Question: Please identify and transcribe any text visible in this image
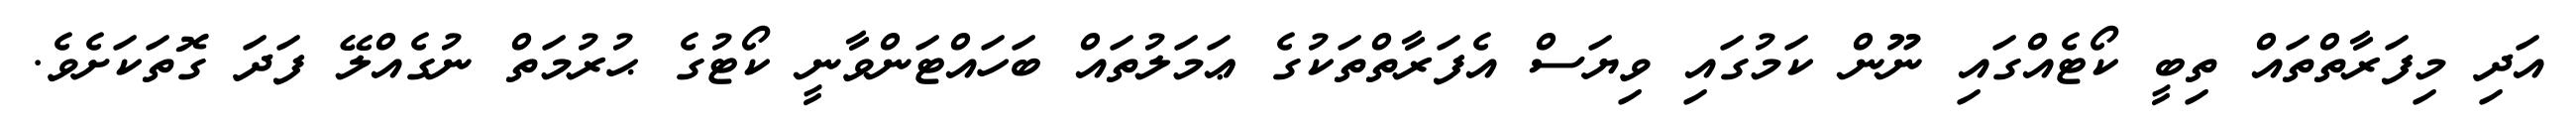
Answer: އަދި މިފަރާތްތައް ތިބީ ކޯޓެއްގައި ނޫން ކަމުގައި ވިޔަސް އެފަރާތްތަކުގެ ޢަމަލުތައް ބަހައްޓަންވާނީ ކޯޓުގެ ޙުރުމަތް ނުގެއްލޭ ފަދަ ގޮތަކަށެވެ.